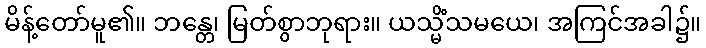
မိန့်တော်မူ၏။ ဘန္တေ၊ မြတ်စွာဘုရား။ ယသ္မိံသမယေ၊ အကြင်အခါ၌။